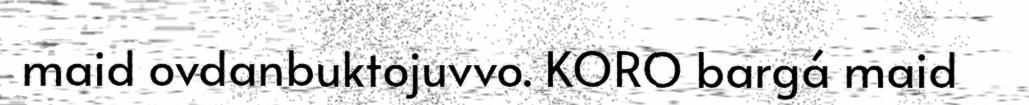
maid ovdanbuktojuvvo. KORO bargá maid